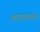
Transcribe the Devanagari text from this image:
कांचनम्।